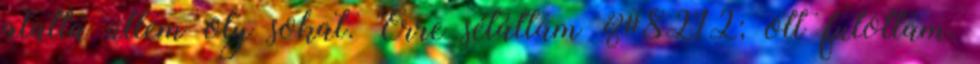
alatta ültem oly sokat. Erre sétáltam &#8212; ott futottam,